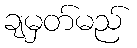
ချမှတ်မည်